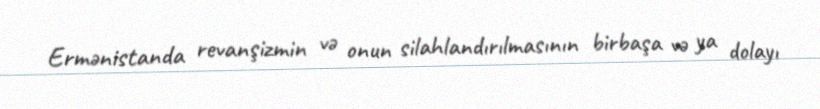
Ermənistanda revanşizmin və onun silahlandırılmasının birbaşa və ya dolayı